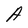
Character: A